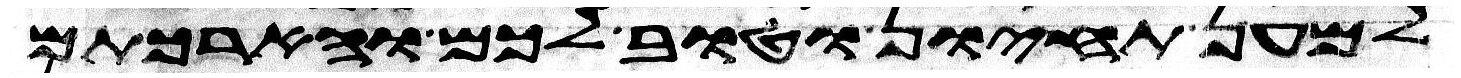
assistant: למען תחיון וטוב לכם והארכתם